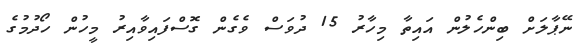
ނޭޕާލަށް ބިންހެލުން އައިތާ މިހާރު 15 ދުވަސް ވެގެން ގޮސްފައިވާއިރު މީހުން ހޯދުމުގެ